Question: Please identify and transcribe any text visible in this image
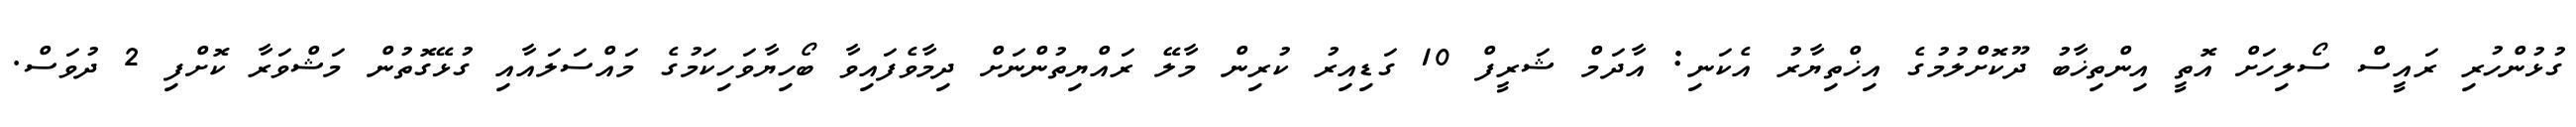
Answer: ގުޅުންހުރި ރައީސް ސޯލިހަށް އޮތީ އިންތިޚާބު ދޫކޮށްލުމުގެ އިޚްތިޔާރު އެކަނި: އާދަމް ޝަރީފް 10 ގަޑިއިރު ކުރިން މާލޭ ރައްޔިތުންނަށް ދިމާވެފައިވާ ބޯހިޔާވަހިކަމުގެ މައްސަލައާއި ގުޅޭގޮތުން މަޝްވަރާ ކޮށްފި 2 ދުވަސް.